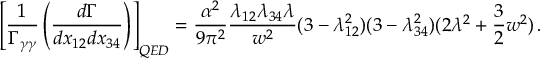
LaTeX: \left[ \frac { 1 } { \Gamma _ { \gamma \gamma } } \left( \frac { d \Gamma } { d x _ { 1 2 } d x _ { 3 4 } } \right) \right] _ { Q E D } = \frac { \alpha ^ { 2 } } { 9 \pi ^ { 2 } } \frac { \lambda _ { 1 2 } \lambda _ { 3 4 } \lambda } { w ^ { 2 } } ( 3 - \lambda _ { 1 2 } ^ { 2 } ) ( 3 - \lambda _ { 3 4 } ^ { 2 } ) ( 2 \lambda ^ { 2 } + \frac { 3 } { 2 } w ^ { 2 } ) \, .